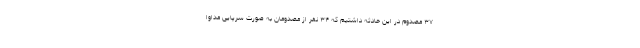
۳۷ مصدوم در این حادثه داشتیم که ۳۴ نفر از مصدومان به صورت سرپایی مداوا